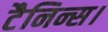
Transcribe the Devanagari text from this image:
टैनिन्स।